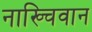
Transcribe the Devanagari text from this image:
नाख्चिवान